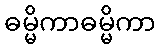
ဓမ္မိကာဓမ္မိကာ